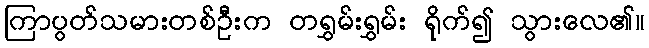
ကြာပွတ်သမားတစ်ဦးက တရွှမ်းရွှမ်း ရိုက်၍ သွားလေ၏။